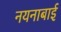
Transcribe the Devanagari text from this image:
नयनाबाई